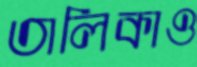
তালিকাও